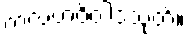
ကလဟဝိဝါဒသုတ်။